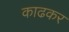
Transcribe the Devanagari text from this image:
काढकर